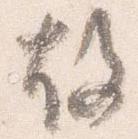
故